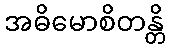
အဓိမောစိတန္တိ